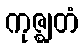
ကုဇ္ဈတံ